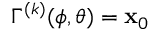
\Gamma ^ { ( k ) } ( \phi , \theta ) = \mathbf { x } _ { 0 }